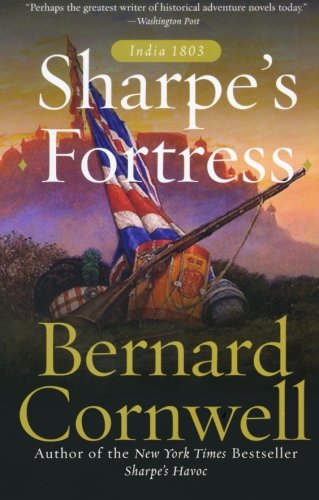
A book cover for Sharpe's Fortress: Richard Sharpe & the Siege of Gawilghur, December 1803 (Richard Sharpe's Adventure Series #3); Bernard Cornwell; Literature & Fiction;